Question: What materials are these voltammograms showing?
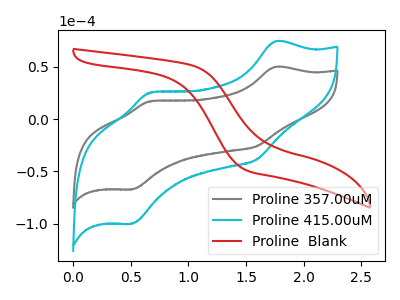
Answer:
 <answer>The gray curve is labeled "Proline 357.00uM". The cyan curve is labeled "Proline 415.00uM". The red curve is labeled "Proline  Blank".</answer>
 <eval></eval>